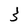
Character: 3